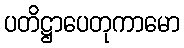
ပတိဋ္ဌာပေတုကာမော